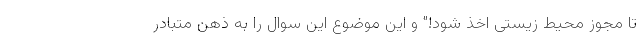
تا مجوز محیط زیستی اخذ شود!" و این موضوع این سوال را به ذهن متبادر